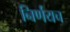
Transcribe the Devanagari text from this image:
निर्णयच